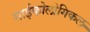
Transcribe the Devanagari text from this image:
साईकोलोगिकल